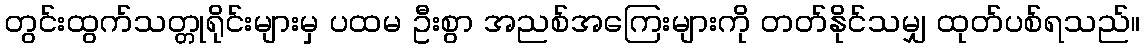
တွင်းထွက်သတ္တုရိုင်းများမှ ပထမ ဦးစွာ အညစ်အကြေးများကို တတ်နိုင်သမျှ ထုတ်ပစ်ရသည်။